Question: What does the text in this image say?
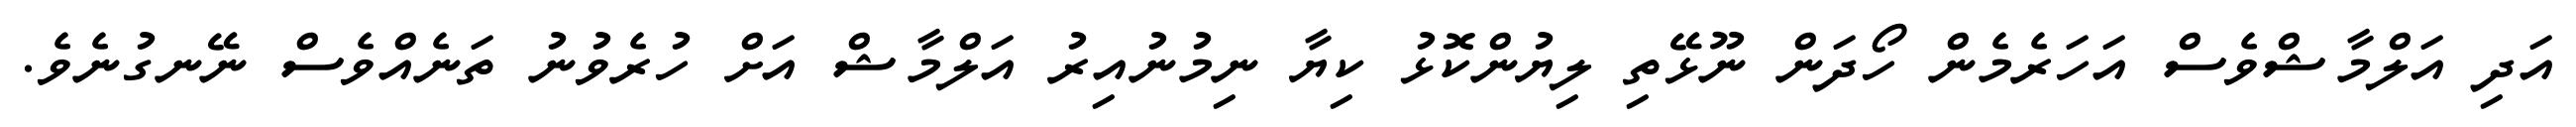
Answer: އަދި އަލްމާޝްވެސް އަހަރެމެން ހޯދަން ނޫޅޭތި ލިޔުންކޮޅު ކިޔާ ނިމުނުއިރު އަލްމާޝް އަށް ހުރެވުނު ތަނެއްވެސް ނޭނގުނެވެ.